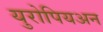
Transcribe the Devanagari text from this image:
युरोपियअन